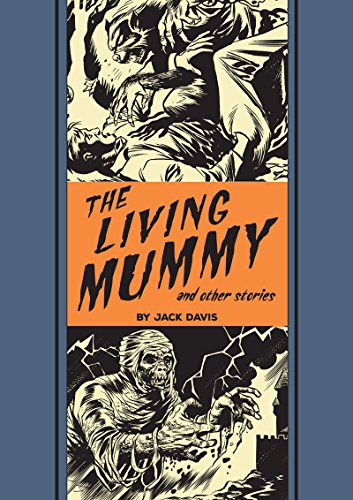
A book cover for The Living Mummy And Other Stories; Jack Davis; Comics & Graphic Novels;